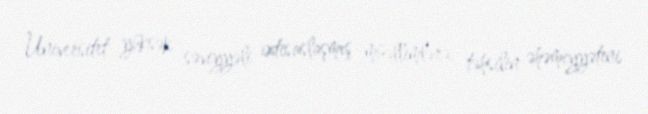
Universitet yüksək səviyyəli ixtisaslaşmış müəllimlərə, təhsilin əhəmiyyətini